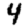
Digit: 4